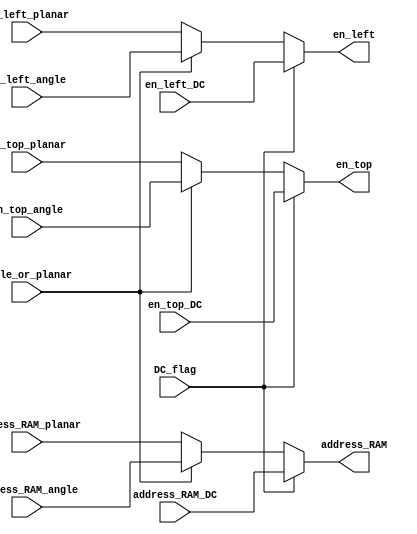
// addressPlanar
module address_to_RAM
(
	input	[7:0]	address_RAM_angle,
	input [7:0]	address_RAM_planar,
	input [7:0]	address_RAM_DC,
	
	input 		en_top_angle,
	input 		en_left_angle,
	input    	en_top_planar,
	input			en_left_planar,
	input 		en_top_DC,
	input			en_left_DC,
	
	input			angle_or_planar,
	input			DC_flag,
	
	output reg[7:0]	address_RAM,
	output reg		en_top,
	output reg		en_left
);
	
	always @(angle_or_planar or DC_flag or
				address_RAM_angle or address_RAM_planar or address_RAM_DC or
				en_top_angle or en_top_planar or en_left_angle or en_left_planar or en_top_DC or en_left_DC)
	begin
		if(DC_flag==1'b1)
		begin
			address_RAM <= address_RAM_DC;
			en_top <= en_top_DC;
			en_left <= en_left_DC;
		end
		else
		begin
			if(angle_or_planar==1'b1)
			begin
				address_RAM <= address_RAM_angle;
				en_top <= en_top_angle;
				en_left <= en_left_angle;
			end
			else
			begin
				address_RAM <= address_RAM_planar;
				en_top <= en_top_planar;
				en_left <= en_left_planar;
			end
		end
	end
	
endmodule